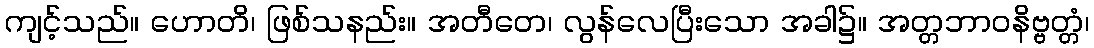
ကျင့်သည်။ ဟောတိ၊ ဖြစ်သနည်း။ အတီတေ၊ လွန်လေပြီးသော အခါ၌။ အတ္တဘာဝနိဗ္ဗတ္တံ၊